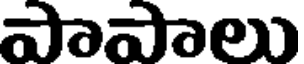
పాపాలు